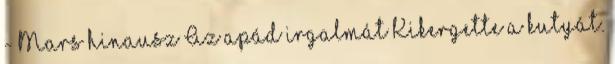
- Mars hinausz Az apád irgalmát Kikergette a kutyát.